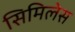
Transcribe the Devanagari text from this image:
सिमिलेस